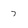
Character: 7